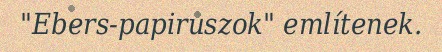
"Ebers-papiruszok" említenek.